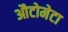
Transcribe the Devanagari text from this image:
औटोमेटा